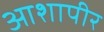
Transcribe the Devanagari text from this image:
आशापीर